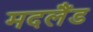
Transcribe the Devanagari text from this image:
मदलैंड